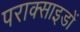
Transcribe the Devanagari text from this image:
पराक्साइडों